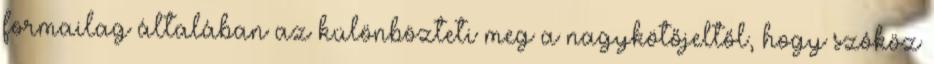
formailag általában az különbözteti meg a nagykötőjeltől, hogy szóköz